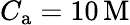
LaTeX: C_{\mathrm{a}}=10\, \mathrm{M}